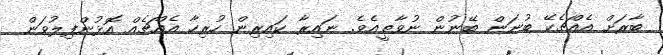
ބާރަށް އެއްޗެކޭ ބުނަން ބޭނުން ނުވާތީއެވެ. ނައިރާ ކައިރިން ހުރިހާ އެއްޗެއް އޮޅުންފިލުވަން